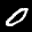
Label: 0